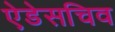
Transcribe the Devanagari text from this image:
ऐडेसचिव